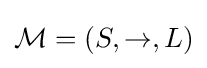
{\mathcal {M}}=(S,\rightarrow ,L)